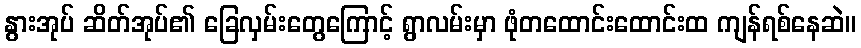
နွားအုပ် ဆိတ်အုပ်၏ ခြေလှမ်းတွေကြောင့် ရွာလမ်းမှာ ဖုံတထောင်းထောင်းထ ကျန်ရစ်နေဆဲ။